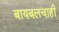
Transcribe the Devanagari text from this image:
बायबलचाही